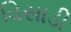
વિસાડી